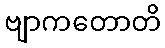
ဗျာကတောတိ